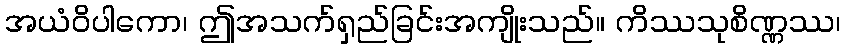
အယံဝိပါကော၊ ဤအသက်ရှည်ခြင်းအကျိုးသည်။ ကိဿသုစိဏ္ဏဿ၊